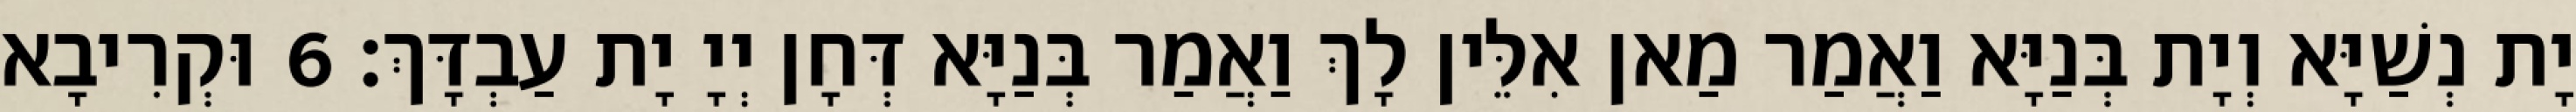
יָת נְשַׁיָּא וְיָת בְּנַיָּא וַאֲמַר מַאן אִלֵּין לָךְ וַאֲמַר בְּנַיָּא דְּחָן יְיָ יָת עַבְדָּךְ׃ 6 וּקְרִיבָא